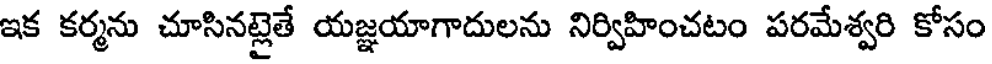
ఇక కర్మను చూసినట్లైతే యజ్ఞయాగాదులను నిర్విహించటం పరమేశ్వరి కోసం